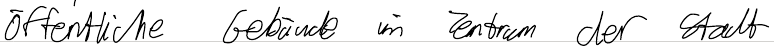
öffentliche Gebäude im Zentrum der Stadt